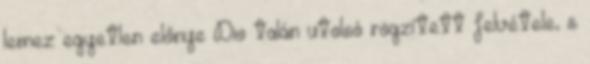
lemez egyetlen előnye Dio talán utolsó rögzített felvétele, s